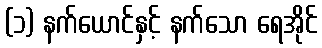
(၁) နက်ယောင်နှင့် နက်သော ရေအိုင်